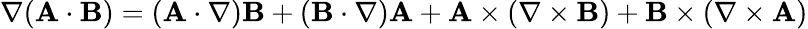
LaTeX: \nabla(\mathbf{A}\cdot\mathbf{B})=(\mathbf{A}\cdot\nabla)\mathbf{B}+(\mathbf{B}\cdot\nabla)\mathbf{A}+\mathbf{A}\times(\nabla\times\mathbf{B})+\mathbf{B}\times(\nabla\times\mathbf{A})